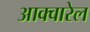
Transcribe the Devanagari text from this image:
आक्वारेल